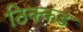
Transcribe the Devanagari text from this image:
ठिक्कड़